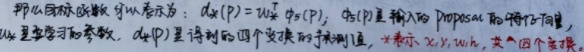
那么以目标函数可以表示为：\(d_{\star}(P)=W_{\star} \cdot \phi(P)\)，\(\phi(P)\)是输入的\(\text{Proposal}\)的特征向量，\(W_{\star}\)是要学习的参数，\(d_{\star}(P)\)是得到的四个变换的预测值，\(\star\)表示\(x,y,w,h\)四个变换。